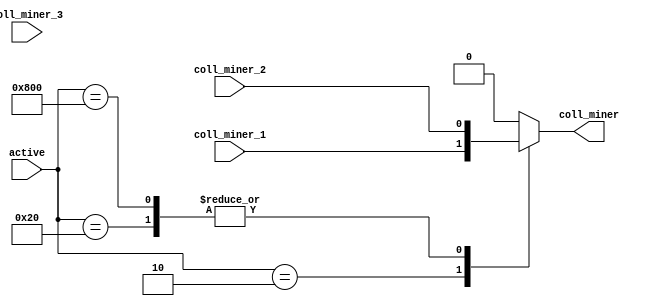
module coll_miner(
	input [15:0] active,
	input coll_miner_1,
	input coll_miner_2,
	input coll_miner_3,
	output reg coll_miner
);

always @(*) begin
	
	case(active)
		16'b0000000000000010: coll_miner <= coll_miner_1;
		16'b0000000000100000: coll_miner <= coll_miner_2;
		16'b0000100000000000: coll_miner <= coll_miner_2;
		default: coll_miner <= 1'b0;
	endcase
end
	
endmodule